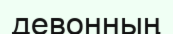
девонның